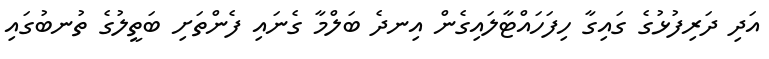
އަދި ދަރިފުޅުގެ ގައިގާ ހިފަހައްޓާލައިގެން އިނދެ ބަލްމާ ގެނައި ފެންތަށި ބަތީލުގެ ތުނބުގައި